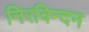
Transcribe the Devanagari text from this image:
निरविन्दन